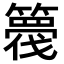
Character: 𮆘